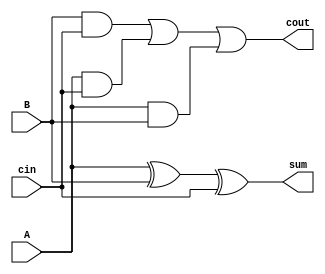
`timescale 1ns / 1ps
//////////////////////////////////////////////////////////////////////////////////
// Company: 
// Engineer: 
// 
// Design Name: 
// Module Name: Full_adder
// Project Name: 
// Target Devices: 
// Tool Versions: 
// Description: 
// 
// Dependencies: 
// 
// Revision:
// Revision 0.01 - File Created
// Additional Comments:
// 
//////////////////////////////////////////////////////////////////////////////////


module Full_adder(
        input A,B,cin,
        output sum,cout
    );
    
    assign sum = A ^ B ^ cin;
    assign cout = (B & cin) | (A & cin) | (A & B);
    
    
    
endmodule